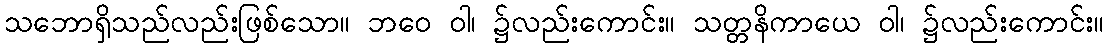
သဘောရှိသည်လည်းဖြစ်သော။ ဘဝေ ဝါ၊ ၌လည်းကောင်း။ သတ္တနိကာယေ ဝါ၊ ၌လည်းကောင်း။